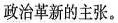
政治革新的主张。